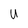
Character: U